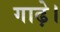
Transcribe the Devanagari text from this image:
गाढ़े।